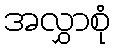
အလွှာစုံ